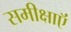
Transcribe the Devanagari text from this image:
समीक्षाऍं